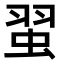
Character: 𫊼